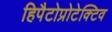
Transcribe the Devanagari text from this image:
हिपैटोप्रोटेक्टिव